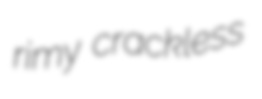
rimy crackless